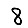
Digit: 8